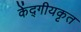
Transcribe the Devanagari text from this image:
केंद्गीयकृत